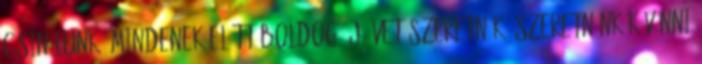
csinálunk? Mindenek előtt Boldog Új Évet szeretnék, szeretnénk kívánni